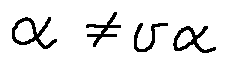
\alpha \neq v \alpha